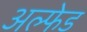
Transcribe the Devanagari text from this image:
अल्फेड